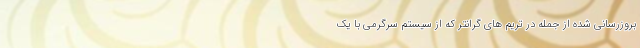
بروزرسانی شده از جمله در تریم های گرانتر که از سیستم سرگرمی با یک